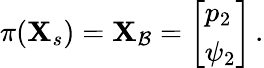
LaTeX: \pi(\mathbf{X}_{s})=\mathbf{X}_{\mathcal{B}}=\left[\begin{array}{l}{p_{2}}\\ {\psi_{2}}\end{array}\right]\, .